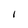
Character: I